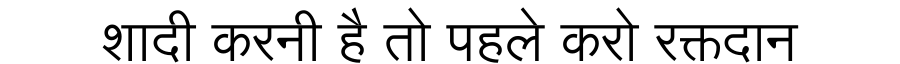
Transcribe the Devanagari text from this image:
शादी करनी है तो पहले करो रक्तदान